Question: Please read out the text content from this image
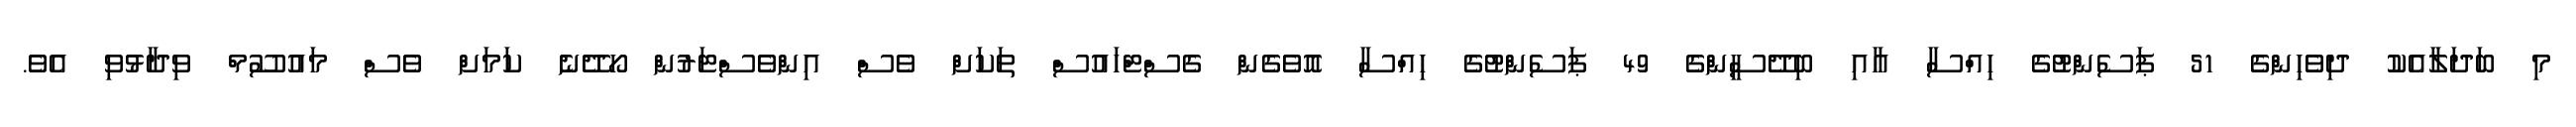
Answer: މި ބަދަލާއެކު ދިވެހިންގެ 51 ޕަސެންޓުގެ ހިއްސާ އާއި ބިދޭސީންގެ 49 ޕަސެންޓުގެ ހިއްސާ އޮވެގެން ގެސްޓްހައުސް ތަކަށް ވެސް އިންވެސްޓަރުން ހޯދޭނެ ކަމަށް ވެސް މައުސޫމް ވިދާޅުވި އެވެ.